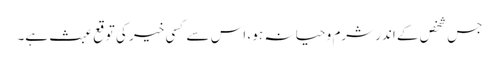
جس شخص کے اندر شرم و حیا نہ ہو ، اس سے کسی خیر کی توقع عبث ہے۔